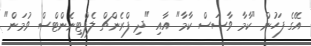
އޭގެ ފަހުން "ކާމާ ވާސަސް ކާމާ" އާއި "ދި ފްރެންޗް ލެފްޓިނެންޓްސް ވުމަން"